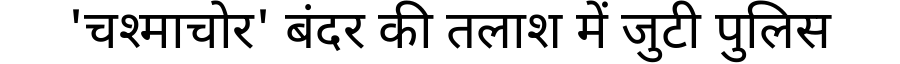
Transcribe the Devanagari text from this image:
'चश्माचोर' बंदर की तलाश में जुटी पुलिस